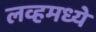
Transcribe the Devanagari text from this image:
लव्हमध्ये